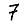
Digit: 7